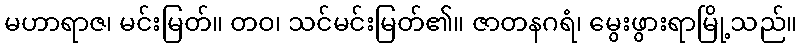
မဟာရာဇ၊ မင်းမြတ်။ တဝ၊ သင်မင်းမြတ်၏။ ဇာတနဂရံ၊ မွေးဖွားရာမြို့သည်။